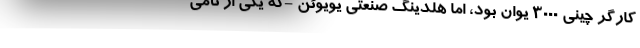
کارگر چینی ۳۰۰۰ یوان بود، اما هلدینگ صنعتی یویوئن -که یکی از تأمی